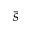
\bar { s }